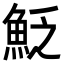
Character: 𩶟